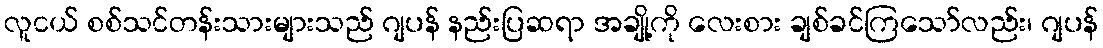
လူငယ် စစ်သင်တန်းသားများသည် ဂျပန် နည်းပြဆရာ အချို့ကို လေးစား ချစ်ခင်ကြသော်လည်း၊ ဂျပန်